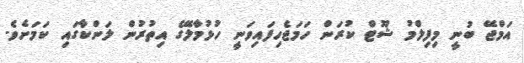
އަމްޖޭ ބުނީ މިފިލްމު ޝޫޓް ކުރަން ހަމަޖެހިފައިވަނީ ހުޅުމާލޭގެ އިތުރުން ލަންކާގައި ކަމަށެވެ.